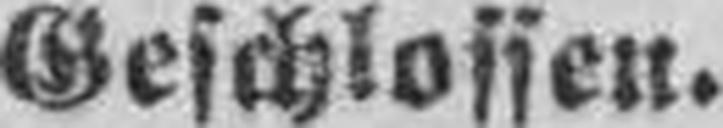
Geschlossen.